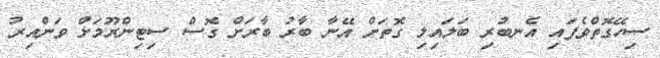
ސިހޭގޮތްވެފައި އެނބުރި ބަލައިލި ގޮތަށް އޭނާ ބާރު ބާރަށް ގޮސް ސިޓިންރޫމަށް ވަންއިރު